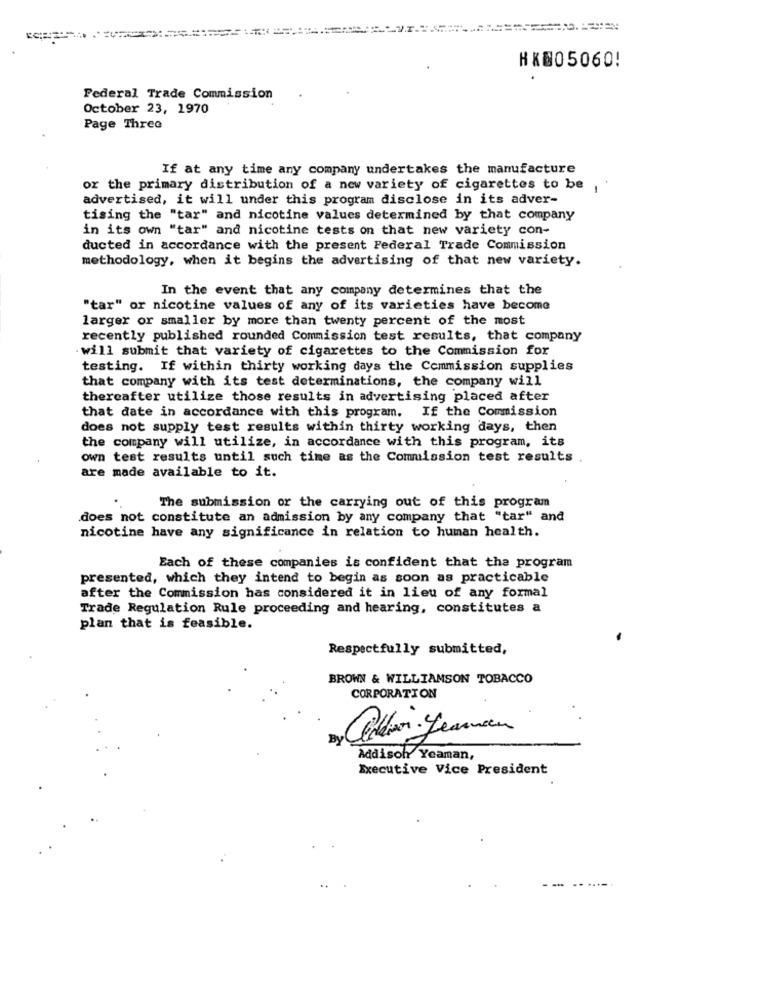
HK005060!
Federal Trade Commission
October 23, 1970
Page Three
If at any time any company undertakes the manufacture
or the primary distribution of a new variety of cigarettes to be
advertised, it will under this program disclose in its adver-
tising the "tar" and nicotine values determined by that company
in its own "tar" and nicotine tests on that new variety con-
ducted in accordance with the present Federal Trade Commission
methodology, when it begins the advertising of that new variety.
In the event that any company determines that the
"tar" or nicotine values of any of its varieties have become
larger or smaller by more than twenty percent of the most
recently published rounded Commission test results, that company
-will submit that variety of cigarettes to the Commission for
testing. If within thirty working days the Commission supplies
that company with its test determinations, the company will
thereafter utilize those results in advertising placed after
that date in accordance with this program. If the Commission
does not supply test results within thirty working days, then
the company will utilize, in accordance with this program, its
own test results until such time as the Commission test results .
are made available to it.
The submission or the carrying out of this program
does not constitute an admission by any company that "tar" and
nicotine have any significance in relation to human health.
Each of these companies is confident that the program
presented, which they intend to begin as soon as practicable
after the Commission has considered it in lieu of any formal
Trade Regulation Rule proceeding and hearing, constitutes a
plan that is feasible.
Respectfully submitted,
BROWN & WILLIAMSON TOBACCO
CORPORATION
By Clar Leanan
Addisoh Yeaman,
Executive Vice President